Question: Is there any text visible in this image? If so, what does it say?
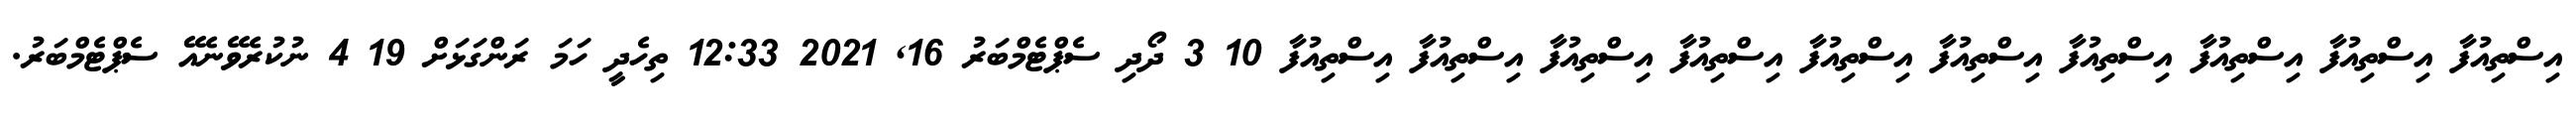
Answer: އިސްތިއުފާ އިސްތިއުފާ އިސްތިއުފާ އިސްތިއުފާ އިސްތިއުފާ އިސްތިއުފާ އިސްތިއުފާ އިސްތިއުފާ އިސްތިއުފާ އިސްތިއުފާ 10 3 ދޯދި ސެޕްޓެމްބަރު 16, 2021 12:33 ތިހެދީ ހަމަ ރަންގަޅަށް 19 4 ނުކުރެވޭނެއޭ ސެޕްޓެމްބަރު.